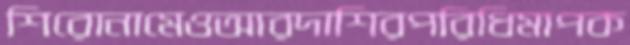
শিরোনামেওআরদাশিরপরিধিমাপক